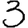
Digit: 3